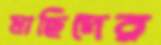
মাছিদের